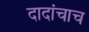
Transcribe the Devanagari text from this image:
दादांचाच